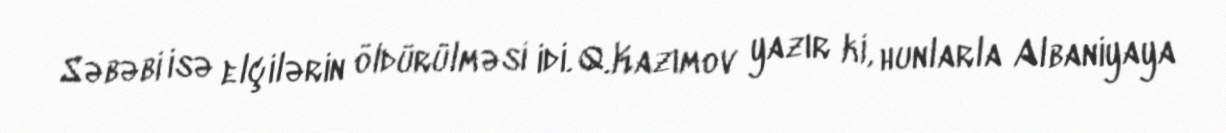
Səbəbi isə elçilərin öldürülməsi idi. Q.Kazımov yazır ki, hunlarla Albaniyaya